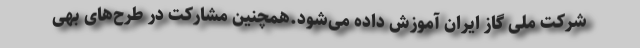
شرکت ملی گاز ایران آموزش داده می‌شود.همچنین مشارکت در طرح‌های بهی